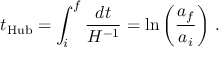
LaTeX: t _ { \mathrm { H u b } } = \int _ { i } ^ { f } \frac { d t } { H ^ { - 1 } } = \ln \left( \frac { a _ { f } } { a _ { i } } \right) \, .